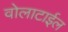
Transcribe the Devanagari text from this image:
वोलाटाईल